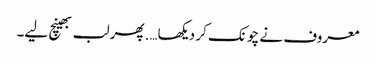
معروف نے چونک کر دیکھا….پھر لب بھینچ لیے۔